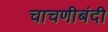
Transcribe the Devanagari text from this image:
चाचणीबंदी